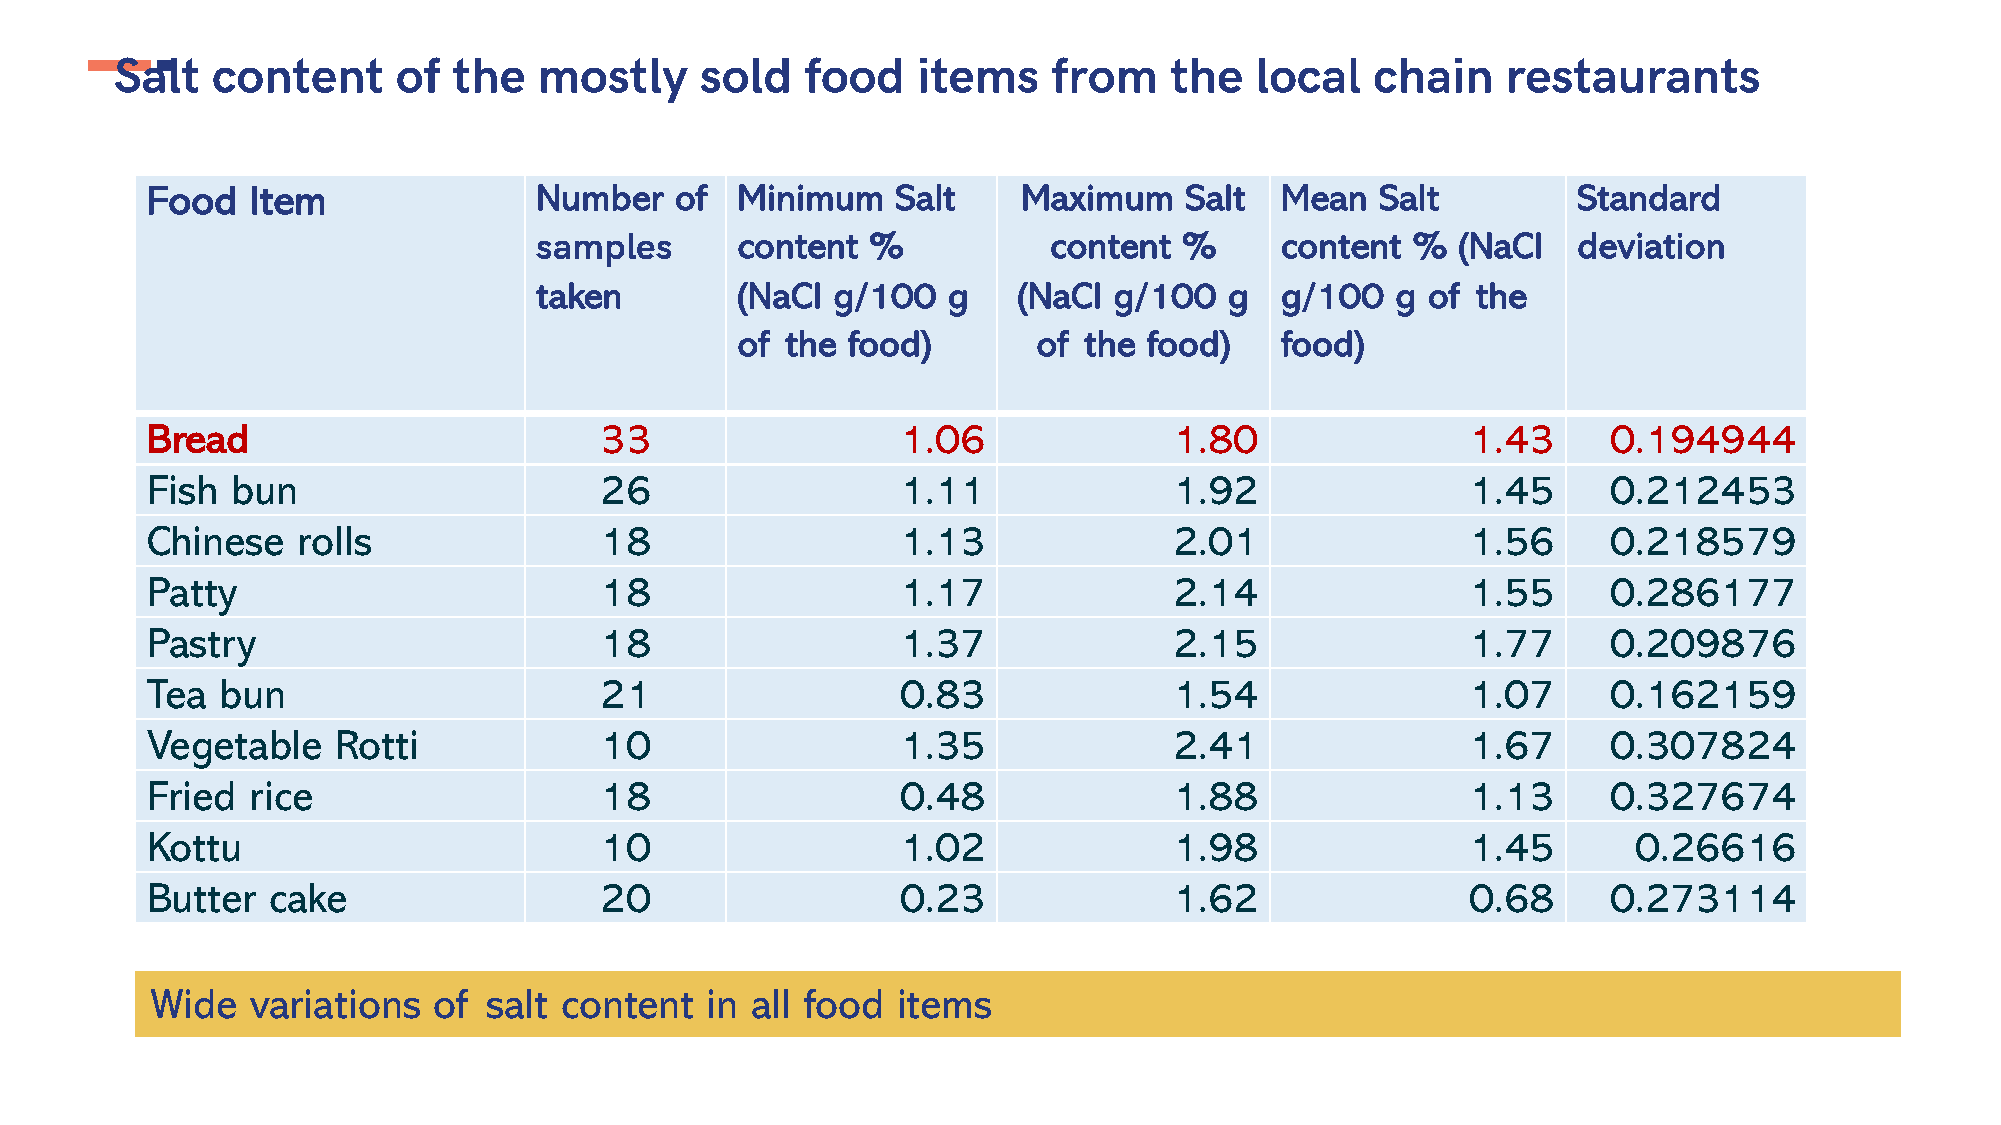
Salt  content     of  the   mostly    sold   food    items    from   the   local   chain    restaurants
 Food   Item              Number    of  Minimum   Salt     Maximum   Salt   Mean  Salt         Standard
 samples       content  %          content  %      content  %  (NaCl  deviation
 taken         (NaCl g/100   g   (NaCl  g/100  g   g/100  g of  the
 of the food)        of the food)    food)
 Bread                         33                  1.06              1.80               1.43      0.194944
 Fish bun                      26                  1.11              1.92               1.45      0.212453
 Chinese   rolls               18                  1.13              2.01               1.56      0.218579
 Patty                         18                  1.17              2.14               1.55      0.286177
 Pastry                        18                  1.37              2.15               1.77      0.209876
 Tea bun                       21                  0.83              1.54               1.07      0.162159
 Vegetable   Rotti             10                  1.35              2.41               1.67      0.307824
 Fried rice                    18                  0.48              1.88               1.13      0.327674
 Kottu                         10                  1.02              1.98               1.45       0.26616
 Butter  cake                  20                  0.23              1.62               0.68      0.273114
 Wide   variations  of salt content   in all food items